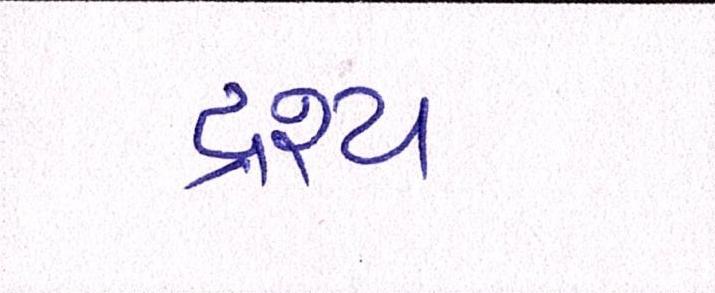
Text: દ્રશ્યઃ